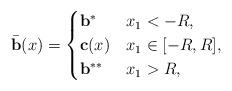
LaTeX: \begin{align*}\bar{\bf b}(x)=\begin{cases}{\bf b}^{*}& x_1<-R,\\{\bf c}(x)& x_1\in [-R,R],\\{\bf b}^{**}& x_1>R,\end{cases}\end{align*}